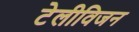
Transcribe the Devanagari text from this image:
टेलीविजन